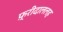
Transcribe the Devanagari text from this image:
फ़्रीदाललह